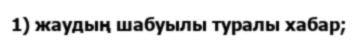
1) жаудың шабуылы туралы хабар;